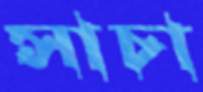
সাচা